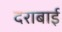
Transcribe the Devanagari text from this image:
दराबाई